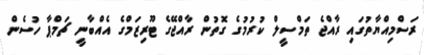
ރަސްމިއްޔާތުގައި ރާއްޖެ ތަމްސީލް ކުރުމުގެ ގޮތުން ރާއްޖޭގެ ޓޫރިޒަމްގެ އެއްބާނީ ޗަމްޕާ ހުސެން